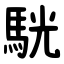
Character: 駫